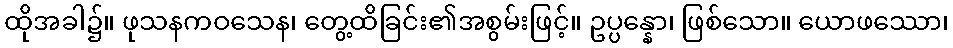
ထိုအခါ၌။ ဖုသနကဝသေန၊ တွေ့ထိခြင်း၏အစွမ်းဖြင့်။ ဥပ္ပန္နော၊ ဖြစ်သော။ ယောဖဿော၊